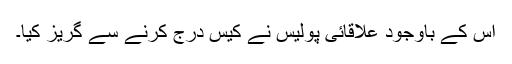
اس کے باوجود علاقائی پولیس نے کیس درج کرنے سے گریز کیا۔